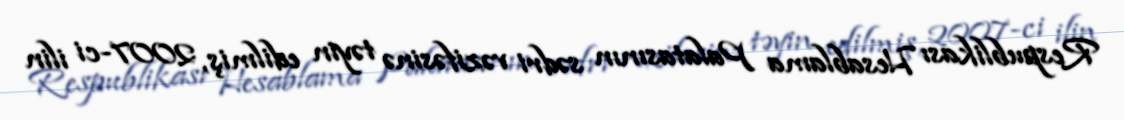
Respublikası Hesablama Palatasının sədri vəzifəsinə təyin edilmiş, 2007-ci ilin